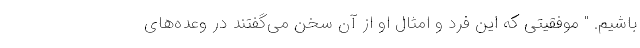
باشیم. " موفقیتی که این فرد و امثال او از آن سخن می‌گفتند در وعده‌های